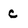
Character: C